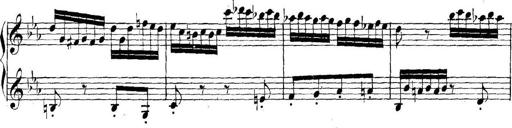
Title: Collected Piano Sonatas
Composer: Muzio Clementi